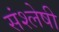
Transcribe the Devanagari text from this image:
संश्लेषी